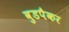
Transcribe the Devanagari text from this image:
वुडपैकर